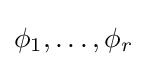
\phi _{1},\dots ,\phi _{r}